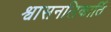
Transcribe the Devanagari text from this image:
श्वासनलिकार्ति